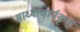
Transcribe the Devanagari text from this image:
माध्वाचार्यकृत